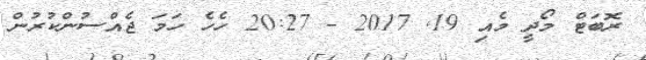
ރޮބަޓް މޯދީ މެއި 19